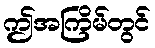
ဤအကြိမ်တွင်